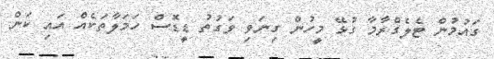
ގައުމުން ޓެލެގްރާމާ ގުޅޭ މީހުން ގިނަވި ވަގުތު ޑީޑޮސް ހަމަލާތަކެއް އައި ކަން